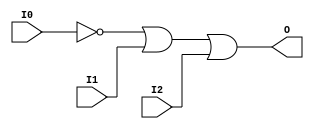
// $Header: /devl/xcs/repo/env/Databases/CAEInterfaces/verunilibs/data/unisims/OR3B1.v,v 1.5.158.1 2007/03/09 18:13:16 patrickp Exp $
///////////////////////////////////////////////////////////////////////////////
// Copyright (c) 1995/2004 Xilinx, Inc.
// All Right Reserved.
///////////////////////////////////////////////////////////////////////////////
//   ____  ____
//  /   /\/   /
// /___/  \  /    Vendor : Xilinx
// \   \   \/     Version : 8.1i (I.13)
//  \   \         Description : Xilinx Functional Simulation Library Component
//  /   /                  3-input OR Gate
// /___/   /\     Filename : OR3B1.v
// \   \  /  \    Timestamp : Thu Mar 25 16:43:31 PST 2004
//  \___\/\___\
//
// Revision:
//    03/23/04 - Initial version.
// End Revision

`timescale  100 ps / 10 ps


module OR3B1 (O, I0, I1, I2);

    output O;

    input  I0, I1, I2;

    not N0 (i0_inv, I0);
    or O1 (O, i0_inv, I1, I2);


endmodule